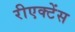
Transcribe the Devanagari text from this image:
रीएक्टेंस